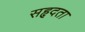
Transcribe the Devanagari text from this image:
सहृदता